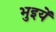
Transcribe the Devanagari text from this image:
भुइयें